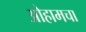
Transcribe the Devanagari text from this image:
ओहामचा